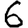
Digit: 6